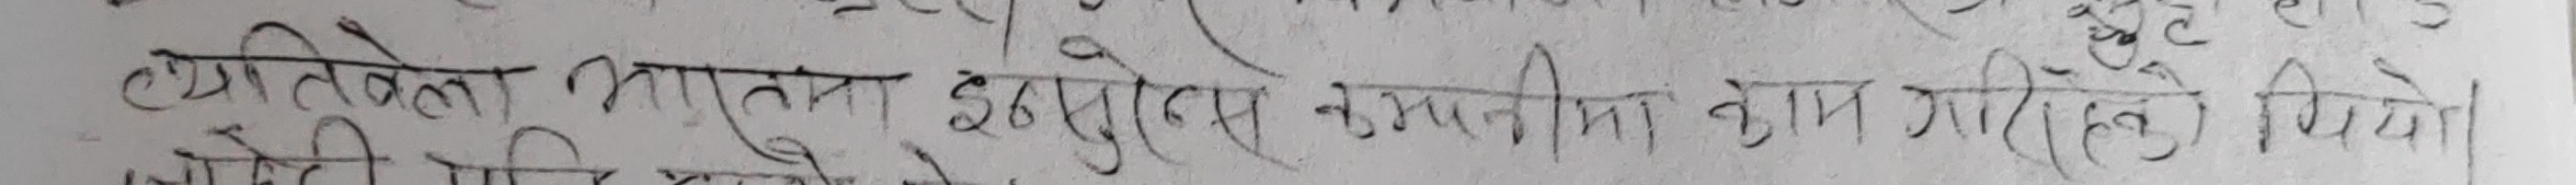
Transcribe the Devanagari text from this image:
व्यक्तिला भारतमा इण्डुसेस कम्पनीमा काम गरिरहेको थियो।